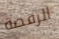
الرقصة